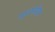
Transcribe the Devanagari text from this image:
प्रशंसेला